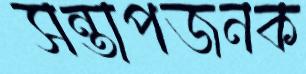
সন্তাপজনক